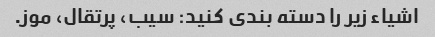
اشیاء زیر را دسته بندی کنید: سیب، پرتقال، موز.